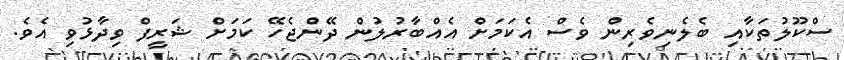
ސްކޫލުތަކާއި ބެލެނިވެރިން ވެސް އެކަމަށް އެއްބާރުލުން ދޭންޖެހޭ ކަމަށް ޝަރީފް ވިދާޅުވި އެވެ.